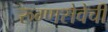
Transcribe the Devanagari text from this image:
रुग्णसेवेची